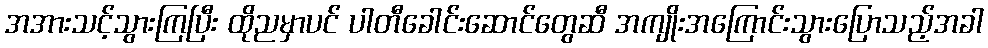
အအားသင့်သွားကြပြီး ထိုညမှာပင် ပါတီခေါင်းဆောင်တွေဆီ အကျိုးအကြောင်းသွားပြောသည့်အခါ